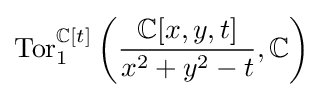
\operatorname {Tor} _{1}^{\mathbb {C} [t]}\left({\frac {\mathbb {C} [x,y,t]}{x^{2}+y^{2}-t}},\mathbb {C} \right)